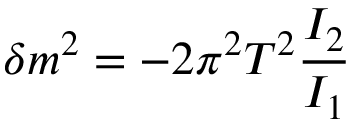
\delta m ^ { 2 } = - 2 \pi ^ { 2 } T ^ { 2 } \frac { I _ { 2 } } { I _ { 1 } }